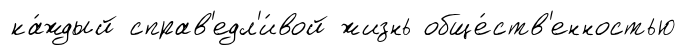
ка́ждый справ'едл'и́вой жизнь обще́ств'енностью